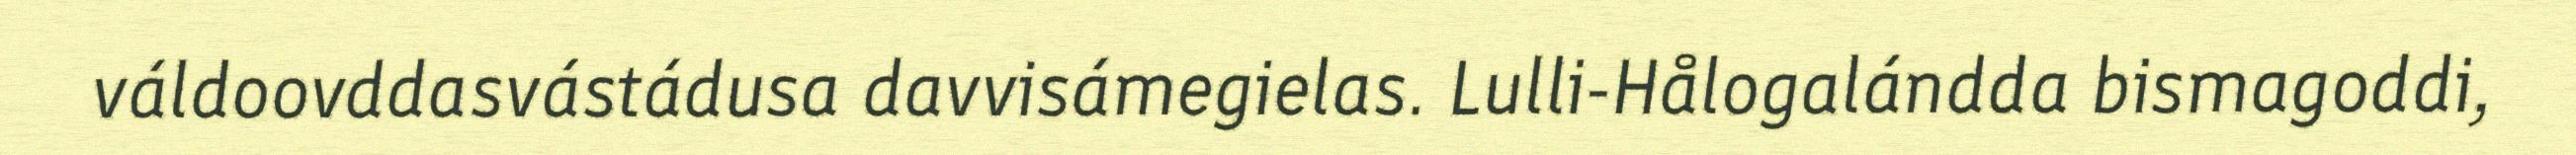
váldoovddasvástádusa davvisámegielas. Lulli-Hålogalándda bismagoddi,